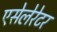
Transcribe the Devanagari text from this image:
एसेलेरेटर